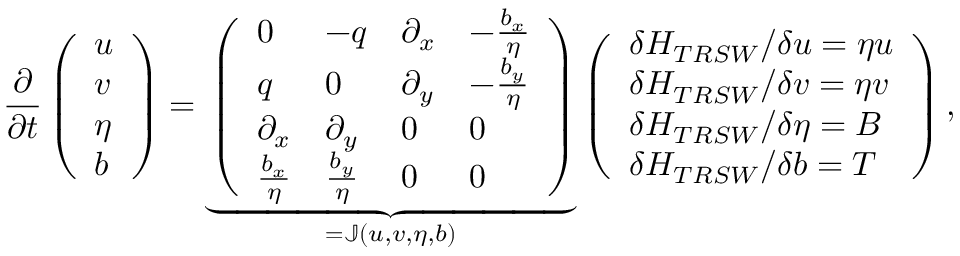
\frac { \partial } { \partial t } \left( \begin{array} { l } { u } \\ { v } \\ { \eta } \\ { b } \end{array} \right) = \underbrace { \left( \begin{array} { l l l l } { 0 } & { - q } & { \partial _ { x } } & { - \frac { b _ { x } } { \eta } } \\ { q } & { 0 } & { \partial _ { y } } & { - \frac { b _ { y } } { \eta } } \\ { \partial _ { x } } & { \partial _ { y } } & { 0 } & { 0 } \\ { \frac { b _ { x } } { \eta } } & { \frac { b _ { y } } { \eta } } & { 0 } & { 0 } \end{array} \right) } _ { = \mathbb { J } ( u , v , \eta , b ) } \left( \begin{array} { l } { \delta H _ { T R S W } / \delta u = \eta u } \\ { \delta H _ { T R S W } / \delta v = \eta v } \\ { \delta H _ { T R S W } / \delta \eta = B } \\ { \delta H _ { T R S W } / \delta b = T } \end{array} \right) ,